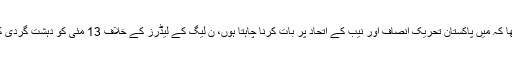
شہباز شریف کا کہنا تھا کہ میں پاکستان تحریک انصاف اور نیب کے اتحاد پر بات کرنا چاہتا ہوں، ن لیگ کے لیڈرز کے خلاف 13 مئی کو دہشت گردی کے پرچے کاٹے گئے۔